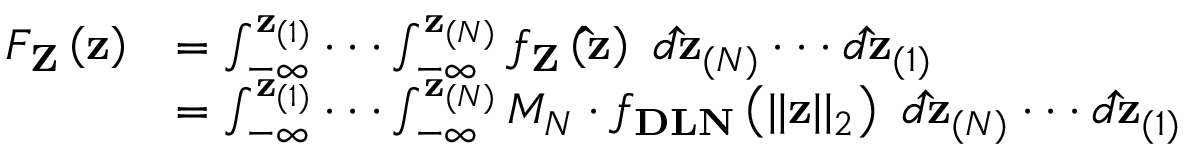
\begin{array} { r l } { F _ { \mathbf { Z } } \left( \mathbf { z } \right) } & { = \int _ { - \infty } ^ { \mathbf { z } _ { ( 1 ) } } \cdot \cdot \cdot \int _ { - \infty } ^ { \mathbf { z } _ { ( N ) } } f _ { \mathbf { Z } } \left( \mathbf { \widehat { z } } \right) \ d \mathbf { \widehat { z } } _ { ( N ) } \cdot \cdot \cdot d \mathbf { \widehat { z } } _ { ( 1 ) } } \\ & { = \int _ { - \infty } ^ { \mathbf { z } _ { ( 1 ) } } \cdot \cdot \cdot \int _ { - \infty } ^ { \mathbf { z } _ { ( N ) } } M _ { N } \cdot f _ { \mathbf { D L N } } \left( \lvert \lvert \mathbf { z } \rvert \rvert _ { 2 } \right) \ d \mathbf { \widehat { z } } _ { ( N ) } \cdot \cdot \cdot d \mathbf { \widehat { z } } _ { ( 1 ) } } \end{array}